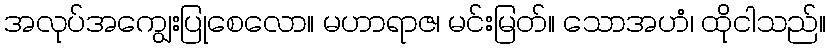
အလုပ်အကျွေးပြုစေလော။ မဟာရာဇ၊ မင်းမြတ်။ သောအဟံ၊ ထိုငါသည်။